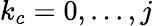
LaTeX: k_{c}=0,...,j